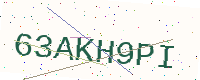
Text: 63AKH9PI